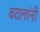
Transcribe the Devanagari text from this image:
बदलांनी